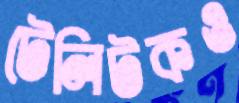
টেলিটকও